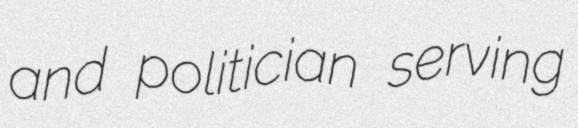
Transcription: and politician serving